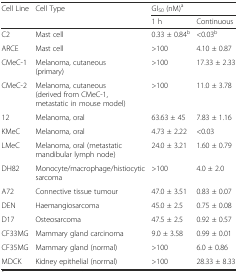
<table><thead><tr><td rowspan="2"><b>Cell Line</b></td><td rowspan="2"><b>Cell Type</b></td><td colspan="2"><b>GI<sub>50</sub> (nM)<sup>a</sup></b></td></tr><tr><td><b>1 h</b></td><td><b>Continuous</b></td></tr></thead><tbody><tr><td>C2</td><td>Mast cell</td><td>0.33 ± 0.84<sup>b</sup></td><td>&lt;0.03<sup>b</sup></td></tr><tr><td>ARCE</td><td>Mast cell</td><td>&gt;100</td><td>4.10 ± 0.87</td></tr><tr><td>CMeC-1</td><td>Melanoma, cutaneous (primary)</td><td>&gt;100</td><td>17.33 ± 2.33</td></tr><tr><td>CMeC-2</td><td>Melanoma, cutaneous (derived from CMeC-1, metastatic in mouse model)</td><td>&gt;100</td><td>11.0 ± 3.78</td></tr><tr><td>12</td><td>Melanoma, oral</td><td>63.63 ± 45</td><td>7.83 ± 1.16</td></tr><tr><td>KMeC</td><td>Melanoma, oral</td><td>4.73 ± 2.22</td><td>&lt;0.03</td></tr><tr><td>LMeC</td><td>Melanoma, oral (metastatic mandibular lymph node)</td><td>24.0 ± 3.21</td><td>1.60 ± 0.79</td></tr><tr><td>DH82</td><td>Monocyte/macrophage/histiocytic sarcoma</td><td>&gt;100</td><td>4.0 ± 2.0</td></tr><tr><td>A72</td><td>Connective tissue tumour</td><td>47.0 ± 3.51</td><td>0.83 ± 0.07</td></tr><tr><td>DEN</td><td>Haemangiosarcoma</td><td>45.0 ± 2.5</td><td>0.75 ± 0.08</td></tr><tr><td>D17</td><td>Osteosarcoma</td><td>47.5 ± 2.5</td><td>0.92 ± 0.57</td></tr><tr><td>CF33MG</td><td>Mammary gland carcinoma</td><td>9.0 ± 3.58</td><td>0.99 ± 0.01</td></tr><tr><td>CF35MG</td><td>Mammary gland (normal)</td><td>&gt;100</td><td>6.0 ± 0.86</td></tr><tr><td>MDCK</td><td>Kidney epithelial (normal)</td><td>&gt;100</td><td>28.33 ± 8.33</td></tr></tbody></table>